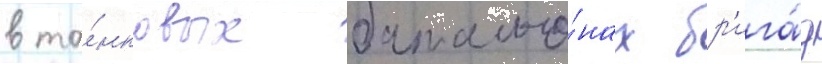
в та́нковых батальо́нах бр'ига́д